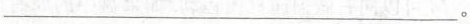
___。